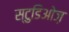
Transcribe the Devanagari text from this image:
स्टुडिओज़